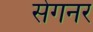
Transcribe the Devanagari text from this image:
सेगनर